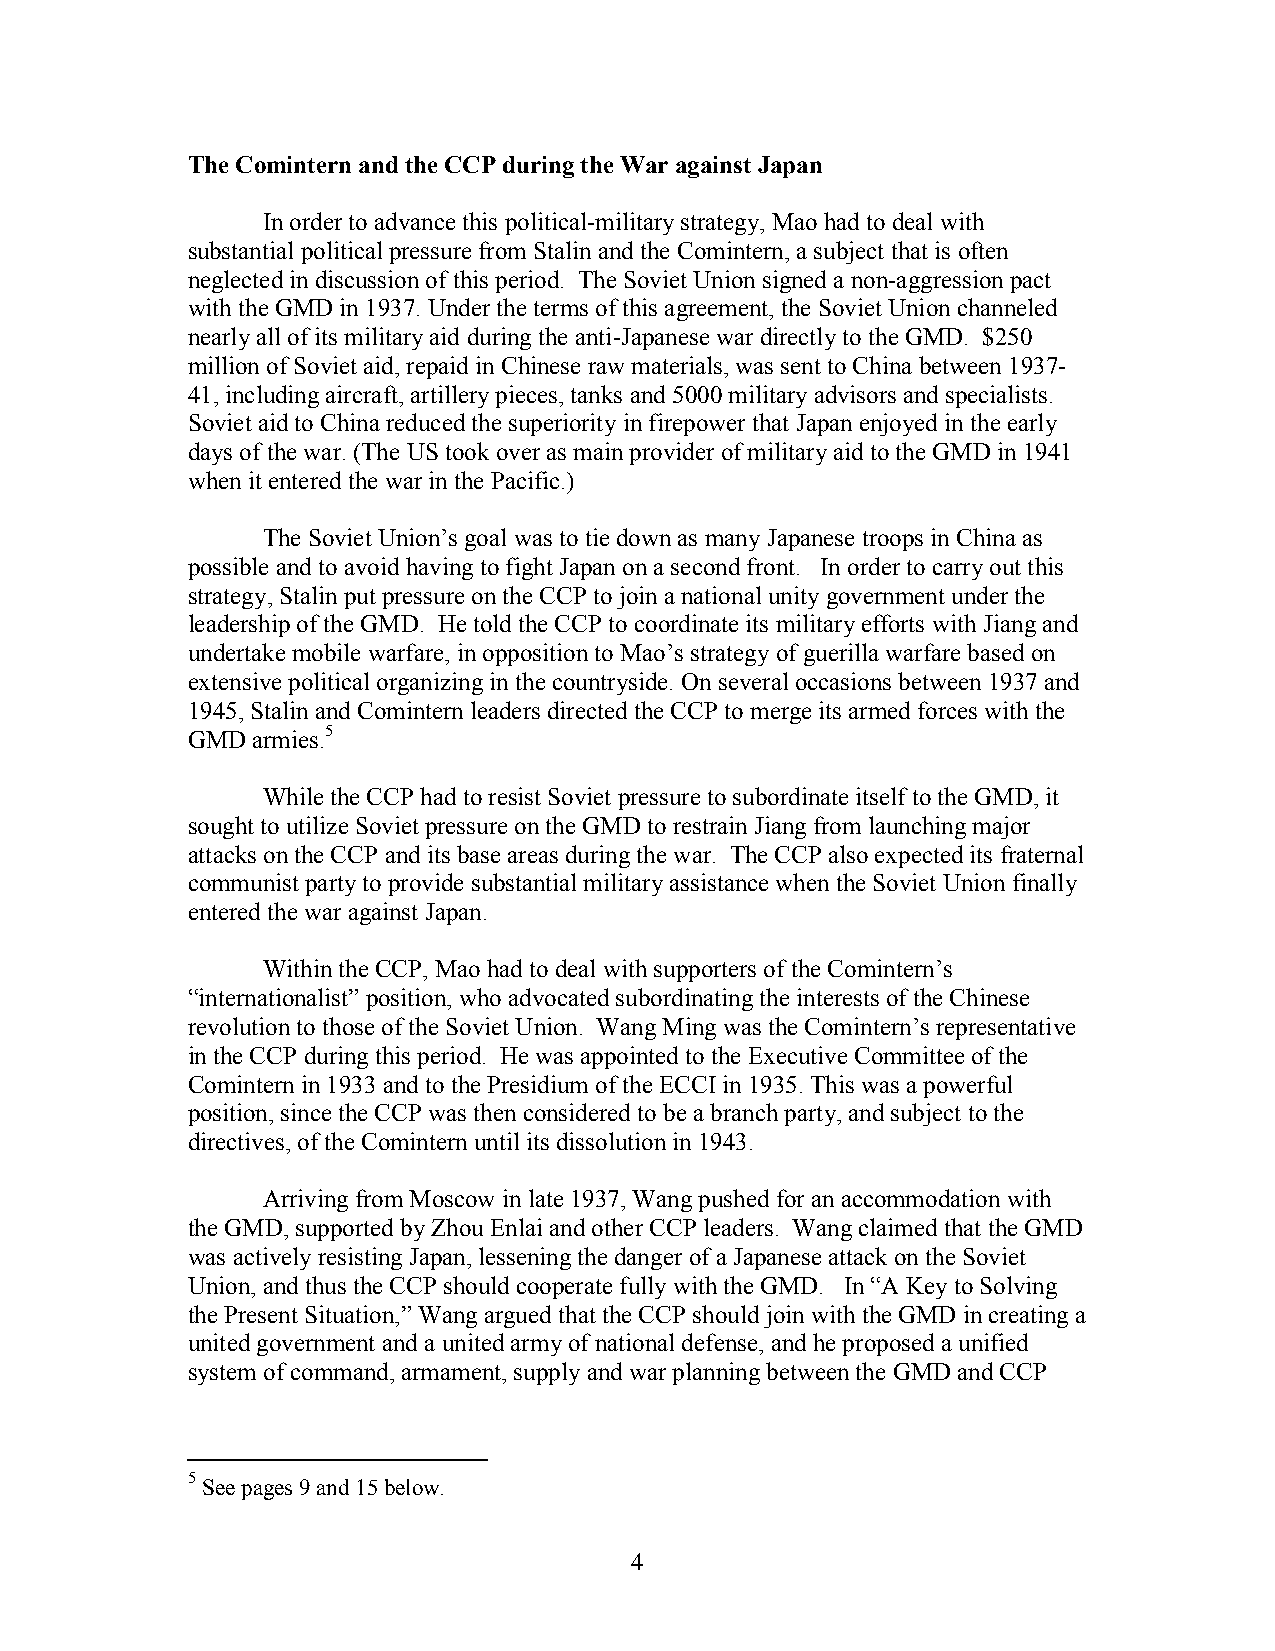
The Comintern and the CCP during the War against Japan
 In order to advance this political-military strategy, Mao had to deal with
 substantial political pressure from Stalin and the Comintern, a subject that is often
 neglected in discussion of this period. The Soviet Union signed a non-aggression pact
 with the GMD in 1937. Under the terms of this agreement, the Soviet Union channeled
 nearly all of its military aid during the anti-Japanese war directly to the GMD. $250
 million of Soviet aid, repaid in Chinese raw materials, was sent to China between 1937-
 41, including aircraft, artillery pieces, tanks and 5000 military advisors and specialists.
 Soviet aid to China reduced the superiority in firepower that Japan enjoyed in the early
 days of the war. (The US took over as main provider of military aid to the GMD in 1941
 when it entered the war in the Pacific.)
 The Soviet Union’s goal was to tie down as many Japanese troops in China as
 possible and to avoid having to fight Japan on a second front. In order to carry out this
 strategy, Stalin put pressure on the CCP to join a national unity government under the
 leadership of the GMD. He told the CCP to coordinate its military efforts with Jiang and
 undertake mobile warfare, in opposition to Mao’s strategy of guerilla warfare based on
 extensive political organizing in the countryside. On several occasions between 1937 and
 1945, Stalin and Comintern leaders directed the CCP to merge its armed forces with the
 GMD  armies.5
 While the CCP had to resist Soviet pressure to subordinate itself to the GMD, it
 sought to utilize Soviet pressure on the GMD to restrain Jiang from launching major
 attacks on the CCP and its base areas during the war. The CCP also expected its fraternal
 communist party to provide substantial military assistance when the Soviet Union finally
 entered the war against Japan.
 Within the CCP, Mao had to deal with supporters of the Comintern’s
 “internationalist” position, who advocated subordinating the interests of the Chinese
 revolution to those of the Soviet Union. Wang Ming was the Comintern’s representative
 in the CCP during this period. He was appointed to the Executive Committee of the
 Comintern in 1933 and to the Presidium of the ECCI in 1935. This was a powerful
 position, since the CCP was then considered to be a branch party, and subject to the
 directives, of the Comintern until its dissolution in 1943.
 Arriving from Moscow in late 1937, Wang pushed for an accommodation with
 the GMD, supported by Zhou Enlai and other CCP leaders. Wang claimed that the GMD
 was actively resisting Japan, lessening the danger of a Japanese attack on the Soviet
 Union, and thus the CCP should cooperate fully with the GMD. In “A Key to Solving
 the Present Situation,” Wang argued that the CCP should join with the GMD in creating a
 united government and a united army of national defense, and he proposed a unified
 system of command, armament, supply and war planning between the GMD and CCP
 5
 See pages 9 and 15 below.
 4